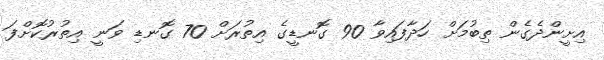
އިށީންދެގެން ތިބުމަށް ހަދާފައިވާ 90 ގޮނޑީގެ އިތުރަށް 70 ގޮނޑި ވަނީ އިތުރުކޮށްފަ